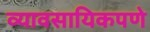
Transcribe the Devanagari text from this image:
व्यावसायिकपणे